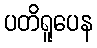
ပတိရူပေန